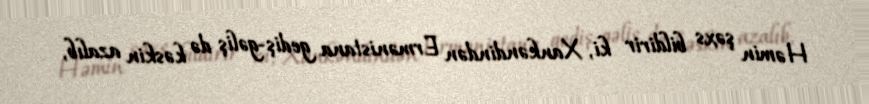
Həmin şəxs bildirir ki, Xankəndindən Ermənistana gediş-gəliş də kəskin azalıb,